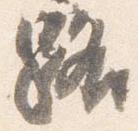
路